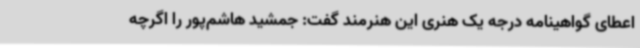
اعطای گواهینامه درجه یک هنری این هنرمند گفت: جمشید هاشم‌پور را اگرچه